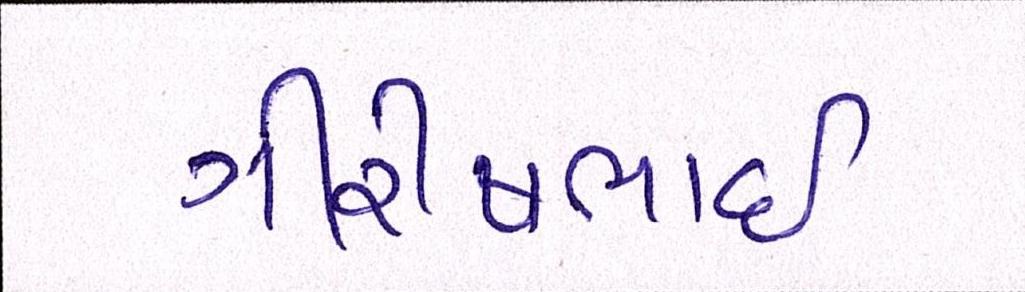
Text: ગીરીષભાઈ